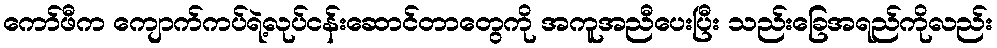
ကော်ဖီက ကျောက်ကပ်ရဲ့လုပ်ငန်းဆောင်တာတွေကို အကူအညီပေးပြီး သည်းခြေအရည်ကိုလည်း